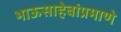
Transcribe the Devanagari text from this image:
भाऊसाहेबांप्रमाणे